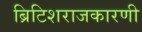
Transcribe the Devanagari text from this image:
ब्रिटिशराजकारणी